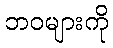
ဘဝများကို